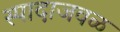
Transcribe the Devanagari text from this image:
स्पादाजवळ